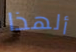
ألهذا